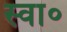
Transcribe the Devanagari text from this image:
स्वा॰